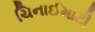
ચિનાઈમાટી